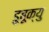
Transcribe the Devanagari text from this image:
डुबूक्यु